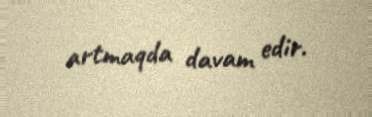
artmaqda davam edir.